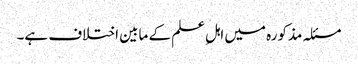
مسئلہ مذکورہ میں اہلِ علم کے مابین اختلاف ہے۔